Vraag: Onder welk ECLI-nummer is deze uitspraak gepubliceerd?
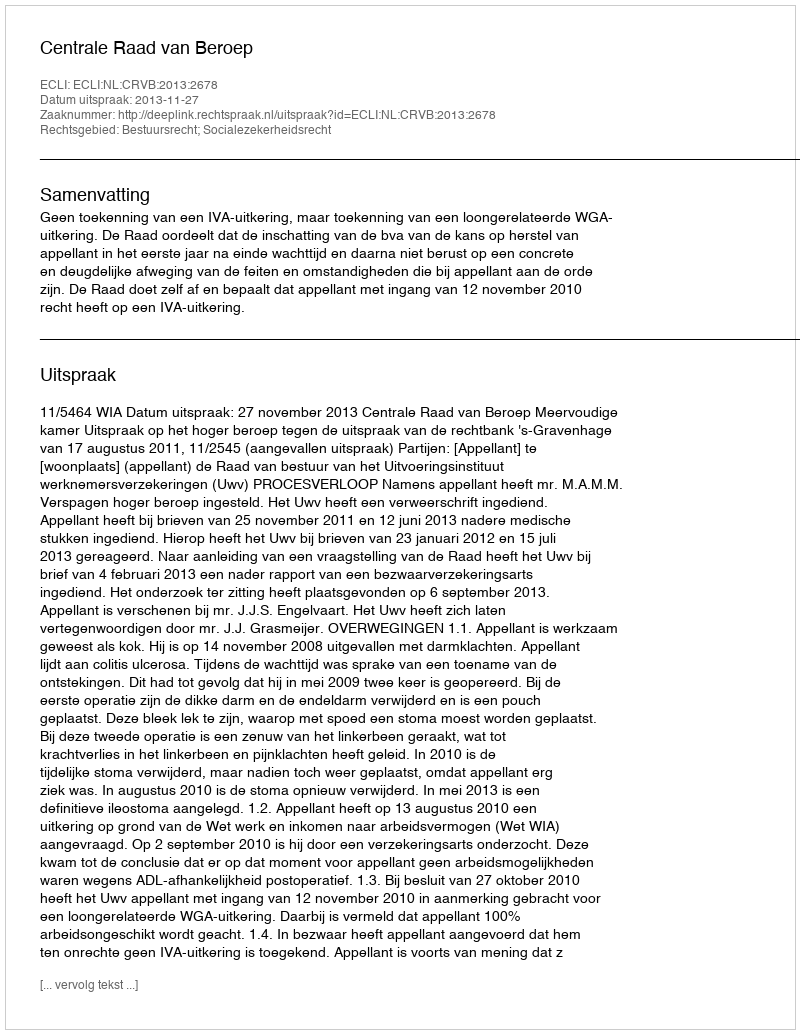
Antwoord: ECLI:NL:CRVB:2013:2678